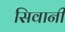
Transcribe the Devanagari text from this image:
सिवानी